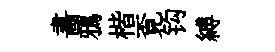
畵鴉楷覔钩縛